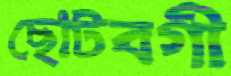
ছোটবগী